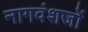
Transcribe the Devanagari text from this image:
नागवंशजों